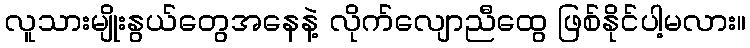
လူသားမျိုးနွယ်တွေအနေနဲ့ လိုက်လျောညီထွေ ဖြစ်နိုင်ပါ့မလား။